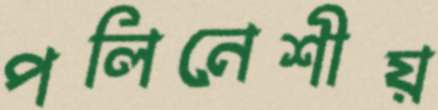
পলিনেশীয়